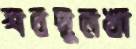
শবদুলখা